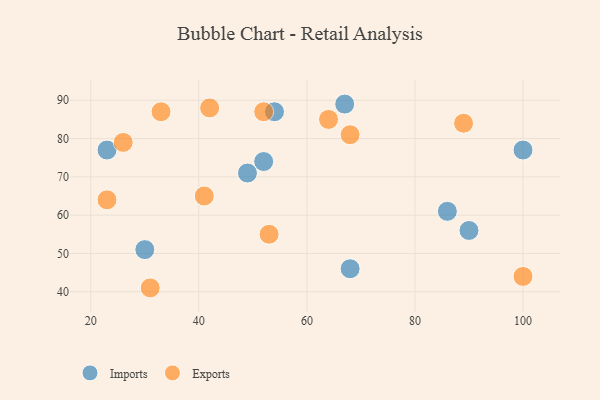
{"axis": {"x": "GDP", "y": "Life Expectancy"}, "legend": ["Exports", "Imports"], "data": [{"x": "100", "y": 77, "type": "Imports"}, {"x": "67", "y": 89, "type": "Imports"}, {"x": "90", "y": 56, "type": "Imports"}, {"x": "30", "y": 51, "type": "Imports"}, {"x": "52", "y": 74, "type": "Imports"}, {"x": "23", "y": 77, "type": "Imports"}, {"x": "68", "y": 46, "type": "Imports"}, {"x": "54", "y": 87, "type": "Imports"}, {"x": "86", "y": 61, "type": "Imports"}, {"x": "49", "y": 71, "type": "Imports"}, {"x": "53", "y": 55, "type": "Exports"}, {"x": "52", "y": 87, "type": "Exports"}, {"x": "42", "y": 88, "type": "Exports"}, {"x": "41", "y": 65, "type": "Exports"}, {"x": "64", "y": 85, "type": "Exports"}, {"x": "31", "y": 41, "type": "Exports"}, {"x": "26", "y": 79, "type": "Exports"}, {"x": "68", "y": 81, "type": "Exports"}, {"x": "33", "y": 87, "type": "Exports"}, {"x": "100", "y": 44, "type": "Exports"}, {"x": "89", "y": 84, "type": "Exports"}, {"x": "23", "y": 64, "type": "Exports"}]}